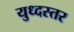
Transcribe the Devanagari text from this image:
युध्दस्तर